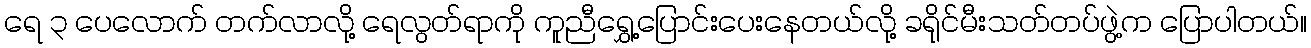
ရေ ၃ ပေလောက် တက်လာလို့ ရေလွတ်ရာကို ကူညီရွှေ့ပြောင်းပေးနေတယ်လို့ ခရိုင်မီးသတ်တပ်ဖွဲ့က ပြောပါတယ်။